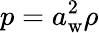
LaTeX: p=a_{\mathrm{w}}^{2}\rho